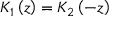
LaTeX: K _ { 1 } \left( z \right) = K _ { 2 } \left( - z \right)